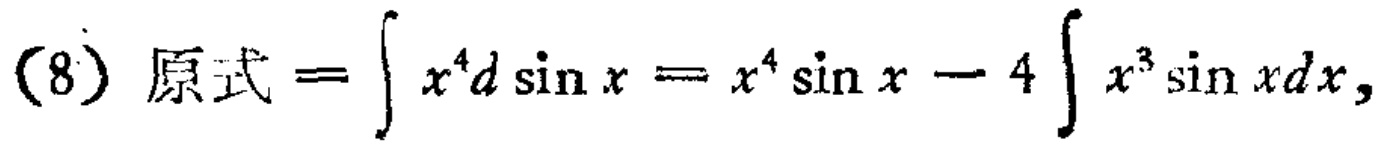
(8) 原式 \(=\int x^{4}d\sin x = x^{4}\sin x - 4\int x^{3}\sin xdx\)